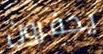
يحفرون